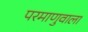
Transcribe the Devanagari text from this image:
परमाणुवाला